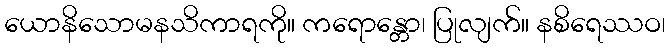
ယောနိသောမနသိကာရကို။ ကရောန္တော၊ ပြုလျက်။ နစိရေဿဝ၊